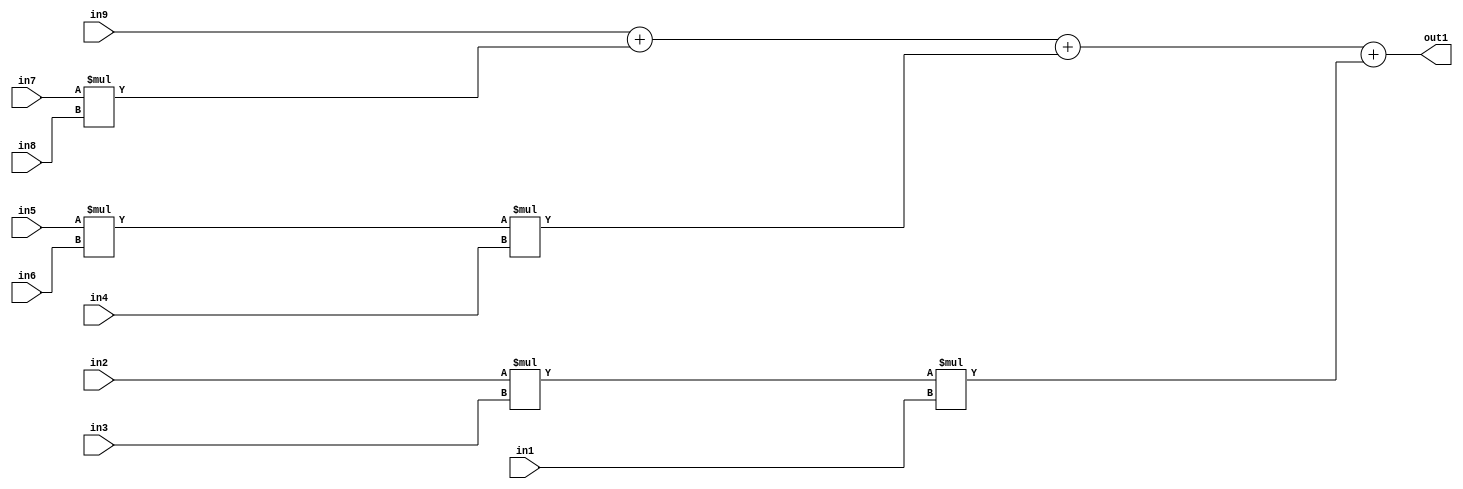
`timescale 1ps / 1ps
/*****************************************************************************
    Verilog RTL Description
    
    
    Created by: Stratus DpOpt 2019.1.01 
*******************************************************************************/

module st_weight_addr_gen_Add4Mul3u16u16u16Mul3u16u16u16Mul2u16u16u16_1 (
	in9,
	in8,
	in7,
	in6,
	in5,
	in4,
	in3,
	in2,
	in1,
	out1
	); /* architecture "behavioural" */ 
input [15:0] in9,
	in8,
	in7,
	in6,
	in5,
	in4,
	in3,
	in2,
	in1;
output [31:0] out1;
wire [31:0] asc001,
	asc002,
	asc003;

assign asc002 = 
	+(in5 * in6);

assign asc003 = 
	+(in2 * in3);

wire [31:0] asc001_tmp_0;
wire [31:0] asc001_tmp_1;
wire [31:0] asc001_tmp_2;
assign asc001_tmp_2 = 
	+(in9);
assign asc001_tmp_1 = asc001_tmp_2
	+(in7 * in8);
assign asc001_tmp_0 = asc001_tmp_1
	+(asc002 * in4);
assign asc001 = asc001_tmp_0
	+(asc003 * in1);

assign out1 = asc001;
endmodule

/* CADENCE  vbXwTA0= : u9/ySgnWtBlWxVPRXgAZ4Og= ** DO NOT EDIT THIS LINE ******/